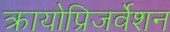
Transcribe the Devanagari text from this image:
क्रायोप्रिजर्वेशन